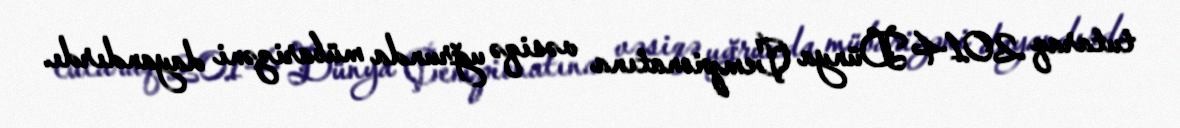
tutaraq 2014 Dünya Çempionatına vəsiqə uğrunda mübarizəni dayandırdı.